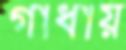
গাধায়